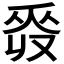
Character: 𠭡